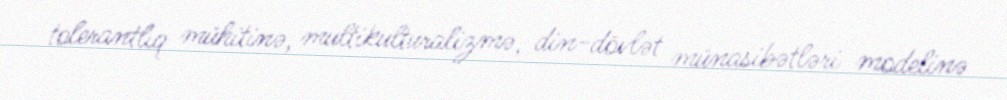
tolerantlıq mühitinə, multikulturalizmə, din-dövlət münasibətləri modelinə